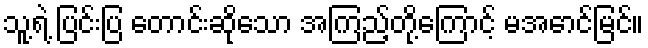
သူ့ရဲ့ ပြင်းပြ တောင်းဆိုသော အကြည့်တို့ကြောင့် မအောင်မြင်။